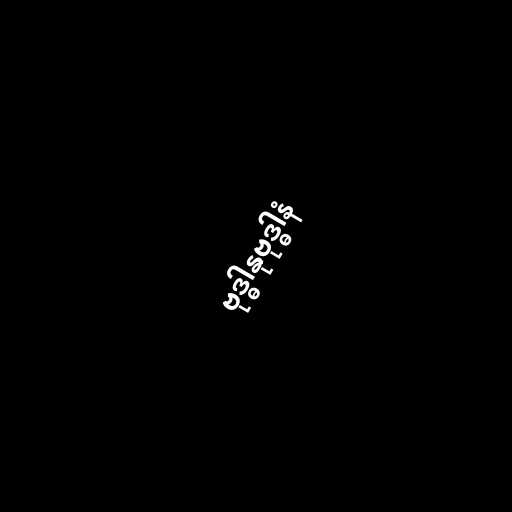
ဗုဒ္ဓါနုဗုဒ္ဓါနံ